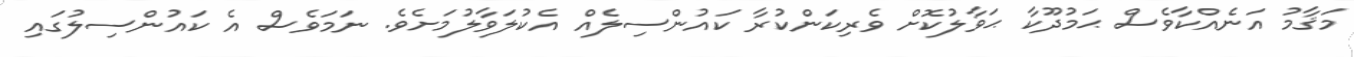
މަޤާމު އަނެއްކާވެސް ޙަމުދޫކާ ޙަވާލުކޮށް ވެރިކަންކުރާ ކައުންސިލެއް އެކުލަވާލުމަށެވެ. ނަމަވެސް އެ ކައުންސިލުގައި